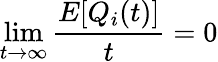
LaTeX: \operatorname*{lim}_{t\rightarrow\infty}{\frac{E[Q_{i}(t)]}{t}}=0